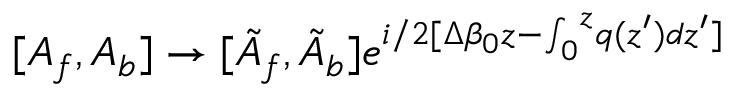
[ A _ { f } , A _ { b } ] \rightarrow [ \tilde { A } _ { f } , \tilde { A } _ { b } ] e ^ { i / 2 [ \Delta \beta _ { 0 } z - { \int _ { 0 } } ^ { z } q ( z ^ { \prime } ) d z ^ { \prime } ] }